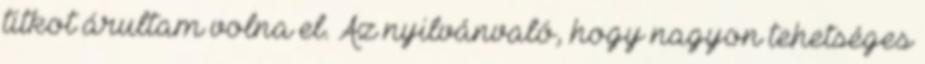
titkot árultam volna el. Az nyilvánvaló, hogy nagyon tehetséges